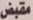
مقبض